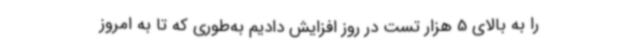
را به بالای 5 هزار تست در روز افزایش دادیم به‌طوری که تا به امروز